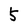
Character: 5